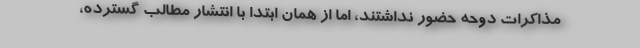
مذاکرات دوحه حضور نداشتند، اما از همان ابتدا با انتشار مطالب گسترده،